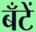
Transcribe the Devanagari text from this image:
बँटें